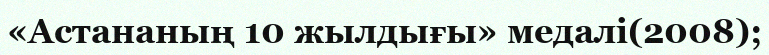
«Астананың 10 жылдығы» медалі(2008);